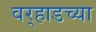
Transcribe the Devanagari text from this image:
वर्‍हाडच्या